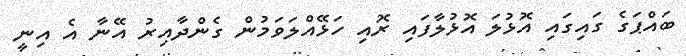
ބައްޕަގެ ގައިގައި އޮޅުލަ އޮޅުލާފައި ރޮއި ހަޅޭއްލަވަމުން ގެންދާއިރު އޭނާ އެ އިނީ